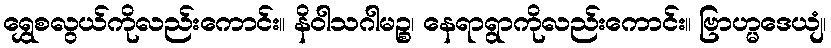
ရွှေစလွယ်ကိုလည်းကောင်း။ နိဝါသဂါမဉ္စ၊ နေရာရွာကိုလည်းကောင်း။ ဗြာဟ္မဒေယျံ၊